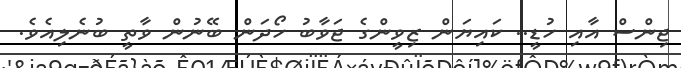
ޖިންސް އާއި ހުޑީ.. ކައިޔަން ޒިވީންގެ ޖަވާބު ހޯދަން ބޭނުން ވާތީ ބުނެލިއެވެ.